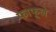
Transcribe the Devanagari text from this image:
फाफूले